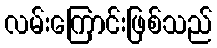
လမ်းကြောင်းဖြစ်သည်